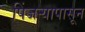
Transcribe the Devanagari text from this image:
पिंजर्‍यापासून